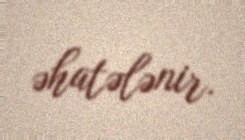
əhatələnir.